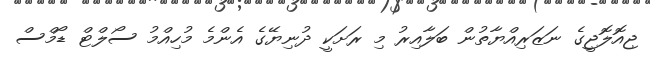
ޖިއޮލޮޖީގެ ނަޒަރިއްޔާތުން ބަލާއިރު މި ރަށަކީ ދުނިޔޭގެ އެންމެ މުހިއްމު ސޯލްޓް ޑޯމްސް